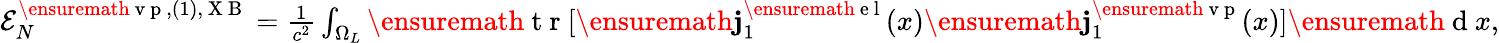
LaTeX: \begin{array}{r}{{\cal E}_{N}^{\ensuremath{\mathrm{~v~p~}},(1),\mathrm{~X~B~}}=\frac{1}{c^{2}}\int_{\Omega_{L}}\ensuremath{\mathrm{~t~r~}}[\ensuremath{\mathbf{j}}_{1}^{\ensuremath{\mathrm{~e~l~}}}(x)\ensuremath{\mathbf{j}}_{1}^{\ensuremath{\mathrm{~v~p~}}}(x)]\ensuremath{\mathrm{~d~}}x,}\end{array}